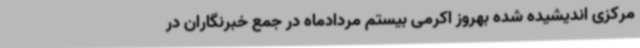
مرکزی اندیشیده شده بهروز اکرمی بیستم مردادماه در جمع خبرنگاران در